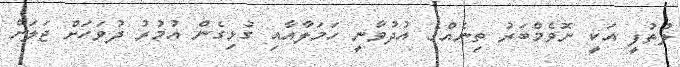
ލުތުފީ އަކީ ނޮވެމްބަރު ތިނެއްގެ އުދުވާނީ ހަމަލާއާއި ގުޅިގެން އުމުރު ދުވަހަށް ޖަލަށް